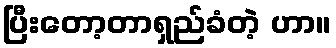
ပြီးတော့တာရှည်ခံတဲ့ ဟာ။